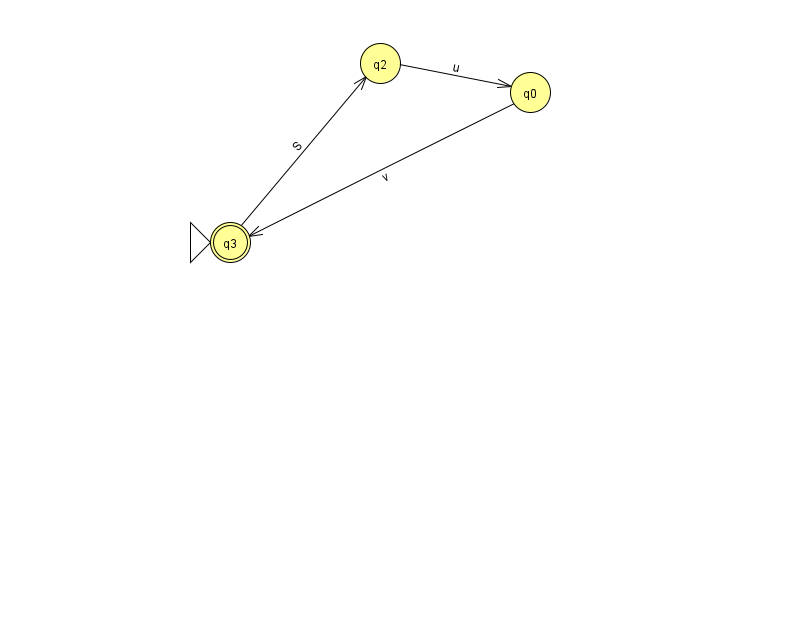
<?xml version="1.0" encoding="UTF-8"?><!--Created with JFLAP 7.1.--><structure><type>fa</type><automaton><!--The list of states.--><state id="0" name="q0"><x>530.0</x><y>79.0</y></state><state id="2" name="q2"><x>380.0</x><y>50.0</y></state><state id="3" name="q3"><x>230.0</x><y>229.0</y><initial/><final/></state><!--The list of transitions.--><transition><from>3</from><to>2</to><read>S</read></transition><transition><from>0</from><to>3</to><read>v</read></transition><transition><from>2</from><to>0</to><read>u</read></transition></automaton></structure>